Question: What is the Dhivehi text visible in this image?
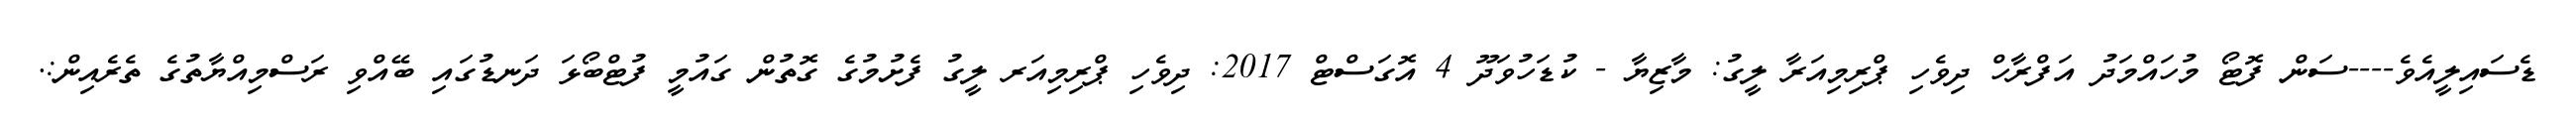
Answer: ޑެސައިލީއެވެ----ސަން ފޮޓޯ މުހައްމަދު އަފްރާހް ދިވެހި ޕްރިމިއަރާ ލީގު: މާޒިޔާ - ކުޑަހުވަދޫ 4 އޮގަސްޓް 2017: ދިވެހި ޕްރިމިއަރ ލީގު ފެށުމުގެ ގޮތުން ގައުމީ ފުޓްބޯޅަ ދަނޑުގައި ބޭއްވި ރަސްމިއްޔާތުގެ ތެރެއިން:.